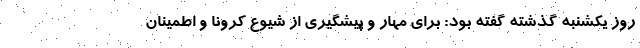
روز یکشنبه گذشته گفته بود: برای مهار و پیشگیری از شیوع کرونا و اطمینان